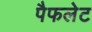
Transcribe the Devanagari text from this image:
पैफलेट